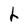
Character: h